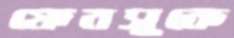
ফেবসুকে